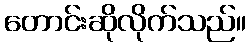
တောင်းဆိုလိုက်သည်။